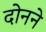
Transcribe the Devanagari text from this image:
दोनने